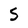
Character: S